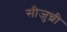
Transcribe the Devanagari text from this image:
सीजुच्री